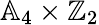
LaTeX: \mathbb{A}_{4}\times\mathbb{Z}_{2}